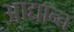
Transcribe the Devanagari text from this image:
आद्यान्त